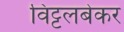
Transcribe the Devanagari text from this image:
विट्टलबेकर